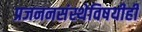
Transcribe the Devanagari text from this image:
प्रजननसंस्थेविषयीही